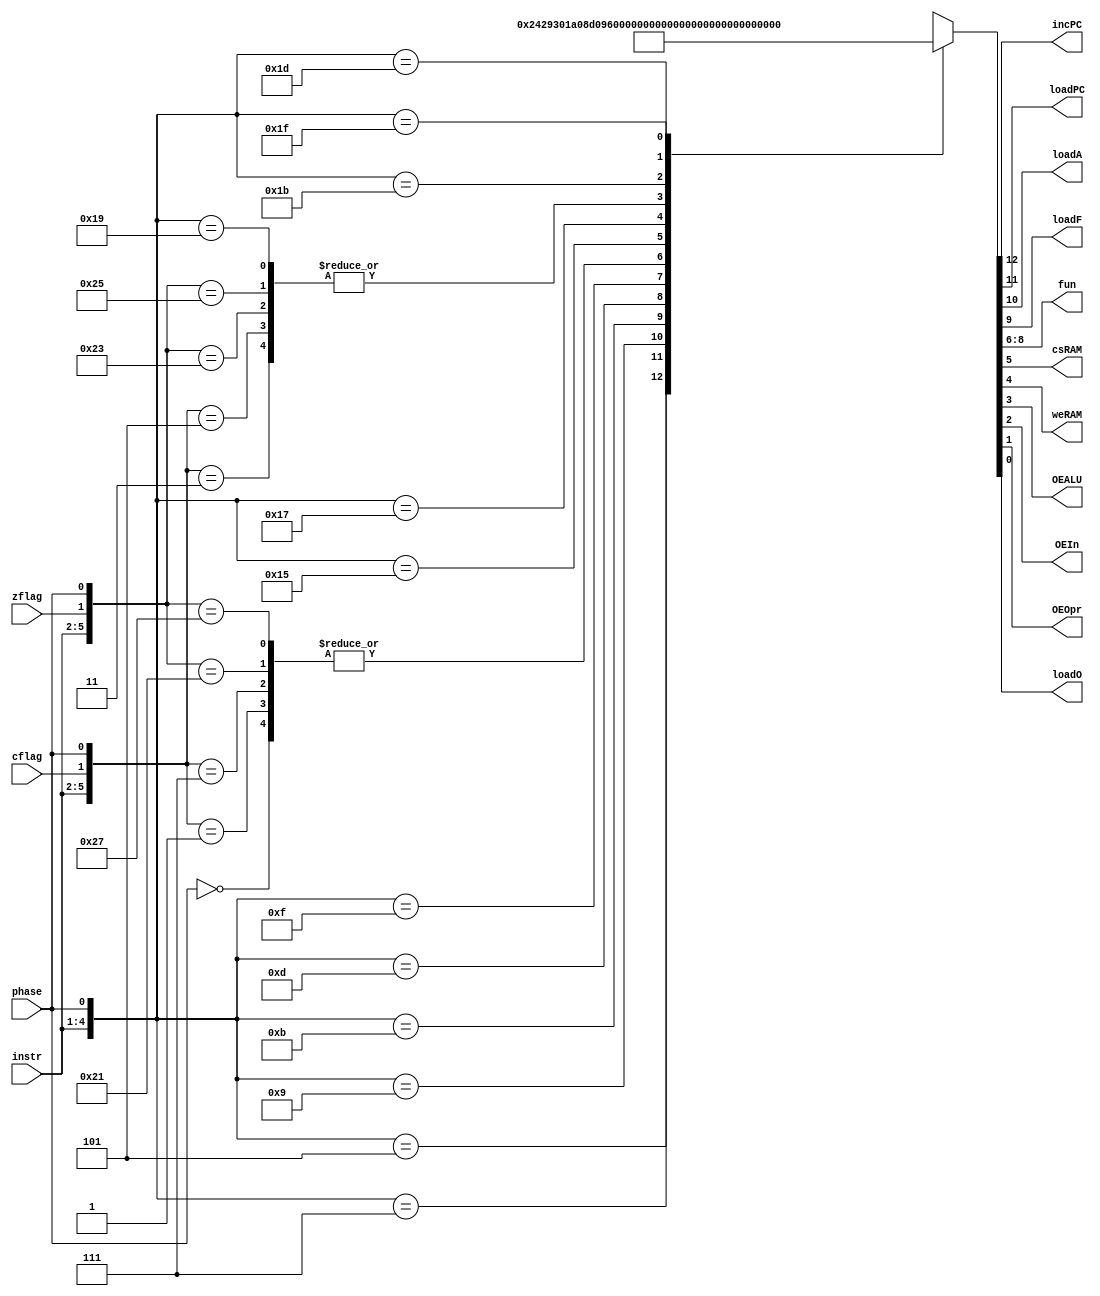
//Univerrsidad Del Valle
//Electr+onica Digital
//Dina Rodrguez    19566

//decode
module decode(input wire phase, input wire zflag, input wire cflag, input wire [3:0] instr, output wire incPC, output wire loadPC, output wire loadA, output wire loadF, output wire [2:0] fun, output wire csRAM, output wire weRAM,
              output wire OEALU, output wire OEIn, output wire OEOpr, output wire loadO);
    reg [12:0] sigReg;
    wire [6:0] address;
    assign address = {instr, cflag, zflag, phase};
    always @ (instr or cflag or zflag or phase)
        casez(address)
            7'b????_??0: sigReg <= 13'b1000_000_001000; // JC
            7'b0000_1?1: sigReg <= 13'b0100_000_001000;
            7'b0000_0?1: sigReg <= 13'b1000_000_001000; // JNC
            7'b0001_1?1: sigReg <= 13'b1000_000_001000;
            7'b0001_0?1: sigReg <= 13'b0100_000_001000; // CMPI
            7'b0010_??1: sigReg <= 13'b0001_001_000010; // CMPM
            7'b0011_??1: sigReg <= 13'b1001_001_100000; // LIT
            7'b0100_??1: sigReg <= 13'b0011_010_000010; // IN
            7'b0101_??1: sigReg <= 13'b0011_010_000100; // LD
            7'b0110_??1: sigReg <= 13'b1011_010_100000; // ST
            7'b0111_??1: sigReg <= 13'b1000_000_111000; // JZ
            7'b1000_?11: sigReg <= 13'b0100_000_001000;
            7'b1000_?01: sigReg <= 13'b1000_000_001000; // JNZ
            7'b1001_?11: sigReg <= 13'b1000_000_001000;
            7'b1001_?01: sigReg <= 13'b0100_000_001000; // ADDI
            7'b1010_??1: sigReg <= 13'b0011_011_000010; // ADDM
            7'b1011_??1: sigReg <= 13'b1011_011_100000;  // JMP
            7'b1100_??1: sigReg <= 13'b0100_000_001000;  // OUT
            7'b1101_??1: sigReg <= 13'b0000_000_001001;  // NANDI
            7'b1110_??1: sigReg <= 13'b0011_100_000010;  // NANDM
            7'b1111_??1: sigReg <= 13'b1011_100_100000;
        endcase

    assign loadO = sigReg[0];
    assign OEOpr = sigReg[1];
    assign OEIn = sigReg[2];
    assign OEALU = sigReg[3];
    assign weRAM = sigReg[4];
    assign csRAM = sigReg[5];
    assign fun = sigReg[8:6];
    assign loadF = sigReg[9];
    assign loadA = sigReg[10];
    assign loadPC = sigReg[11];
    assign incPC = sigReg[12];

endmodule